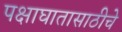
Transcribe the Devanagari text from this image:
पक्षाघातासाठीचे